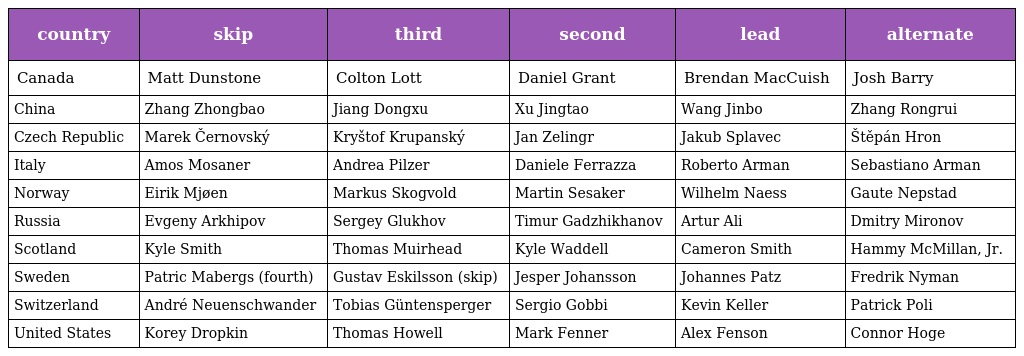
| country | skip | third | second | lead | alternate |
 | --- | --- | --- | --- | --- | --- |
 | Canada | Matt Dunstone | Colton Lott | Daniel Grant | Brendan MacCuish | Josh Barry |
 | China | Zhang Zhongbao | Jiang Dongxu | Xu Jingtao | Wang Jinbo | Zhang Rongrui |
 | Czech Republic | Marek Černovský | Kryštof Krupanský | Jan Zelingr | Jakub Splavec | Štěpán Hron |
 | Italy | Amos Mosaner | Andrea Pilzer | Daniele Ferrazza | Roberto Arman | Sebastiano Arman |
 | Norway | Eirik Mjøen | Markus Skogvold | Martin Sesaker | Wilhelm Naess | Gaute Nepstad |
 | Russia | Evgeny Arkhipov | Sergey Glukhov | Timur Gadzhikhanov | Artur Ali | Dmitry Mironov |
 | Scotland | Kyle Smith | Thomas Muirhead | Kyle Waddell | Cameron Smith | Hammy McMillan, Jr. |
 | Sweden | Patric Mabergs (fourth) | Gustav Eskilsson (skip) | Jesper Johansson | Johannes Patz | Fredrik Nyman |
 | Switzerland | André Neuenschwander | Tobias Güntensperger | Sergio Gobbi | Kevin Keller | Patrick Poli |
 | United States | Korey Dropkin | Thomas Howell | Mark Fenner | Alex Fenson | Connor Hoge |